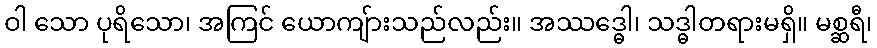
ဝါ သော ပုရိသော၊ အကြင် ယောကျ်ားသည်လည်း။ အဿဒ္ဓေါ၊ သဒ္ဓါတရားမရှိ။ မစ္ဆရီ၊